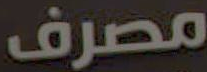
مصرف